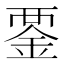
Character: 𧟴